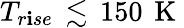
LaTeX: T_{r\mathbf{i}se}\, \lesssim\, 150\, \mathrm{{~K~}}